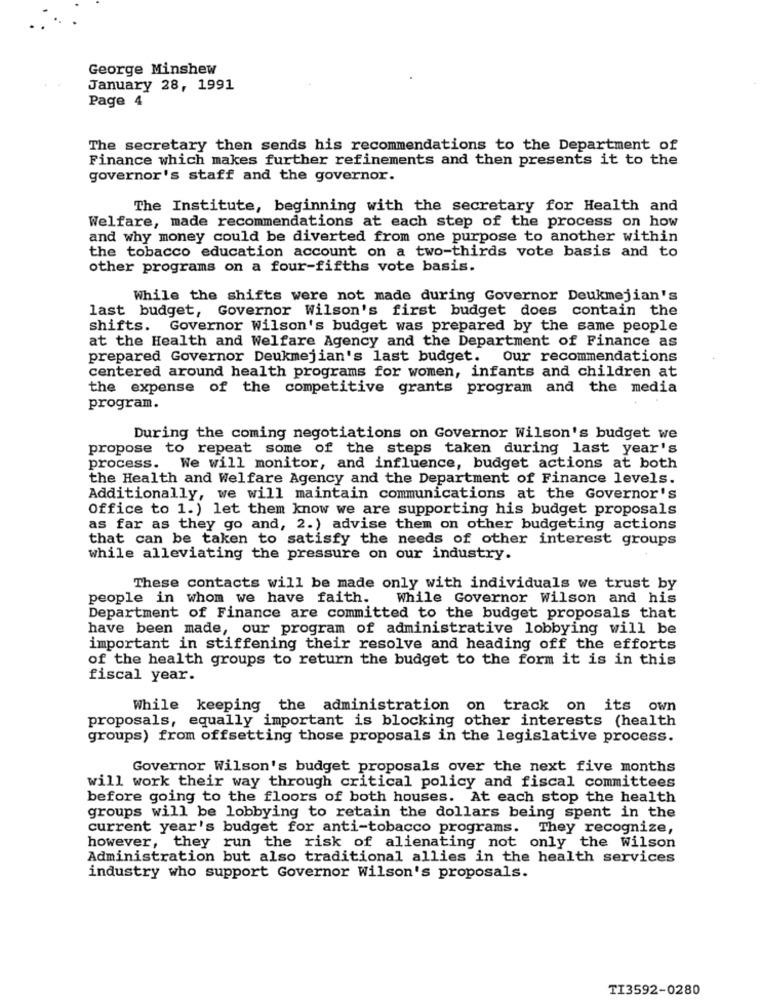
George Minshew
January 28, 1991
Page 4
The secretary then sends his recommendations to the Department of
Finance which makes further refinements and then presents it to the
governor's staff and the governor.
The Institute, beginning with the secretary for Health and
Welfare, made recommendations at each step of the process on how
and why money could be diverted from one purpose to another within
the tobacco education account on a two-thirds vote basis and to
other programs on a four-fifths vote basis.
While the shifts were not made during Governor Deukmejian's
last budget, Governor Wilson's first budget does contain the
shifts. Governor Wilson's budget was prepared by the same people
at the Health and Welfare Agency and the Department of Finance as
prepared Governor Deukmejian's last budget. Our recommendations
centered around health programs for women, infants and children at
the expense of the competitive grants program and the media
program.
During the coming negotiations on Governor Wilson's budget we
propose to repeat some of the steps taken during last year's
process. We will monitor, and influence, budget actions at both
the Health and Welfare Agency and the Department of Finance levels.
Additionally, we will maintain communications at the Governor's
Office to 1.) let them know we are supporting his budget proposals
as far as they go and, 2.) advise them on other budgeting actions
that can be taken to satisfy the needs of other interest groups
while alleviating the pressure on our industry.
These contacts will be made only with individuals we trust by
people in whom we have faith.
While Governor Wilson and his
Department of Finance are committed to the budget proposals that
have been made, our program of administrative lobbying will be
important in stiffening their resolve and heading off the efforts
of the health groups to return the budget to the form it is in this
fiscal year.
While keeping the administration on track on its own
proposals, equally important is blocking other interests (health
groups) from offsetting those proposals in the legislative process.
Governor Wilson's budget proposals over the next five months
will work their way through critical policy and fiscal committees
before going to the floors of both houses. At each stop the health
groups will be lobbying to retain the dollars being spent in the
current year's budget for anti-tobacco programs. They recognize,
however, they run the risk of alienating not only the Wilson
Administration but also traditional allies in the health services
industry who support Governor Wilson's proposals.
TI3592-0280